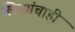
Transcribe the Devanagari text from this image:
लिप्यांचाही